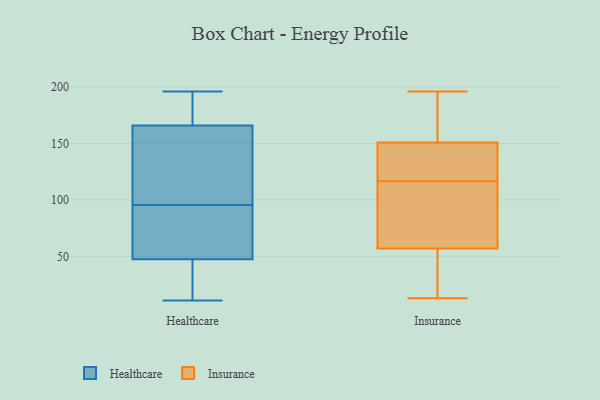
{"axis": {"x": "Customer Acquisition Cost (USD)", "y": "Value"}, "legend": ["Healthcare", "Insurance"], "data": [{"x": "", "y": 92, "type": "Healthcare"}, {"x": "", "y": 166, "type": "Healthcare"}, {"x": "", "y": 58, "type": "Healthcare"}, {"x": "", "y": 182, "type": "Healthcare"}, {"x": "", "y": 28, "type": "Healthcare"}, {"x": "", "y": 11, "type": "Healthcare"}, {"x": "", "y": 196, "type": "Healthcare"}, {"x": "", "y": 126, "type": "Healthcare"}, {"x": "", "y": 82, "type": "Healthcare"}, {"x": "", "y": 49, "type": "Healthcare"}, {"x": "", "y": 46, "type": "Healthcare"}, {"x": "", "y": 51, "type": "Healthcare"}, {"x": "", "y": 99, "type": "Healthcare"}, {"x": "", "y": 128, "type": "Healthcare"}, {"x": "", "y": 114, "type": "Healthcare"}, {"x": "", "y": 43, "type": "Healthcare"}, {"x": "", "y": 172, "type": "Healthcare"}, {"x": "", "y": 40, "type": "Healthcare"}, {"x": "", "y": 183, "type": "Healthcare"}, {"x": "", "y": 166, "type": "Healthcare"}, {"x": "", "y": 151, "type": "Insurance"}, {"x": "", "y": 119, "type": "Insurance"}, {"x": "", "y": 182, "type": "Insurance"}, {"x": "", "y": 189, "type": "Insurance"}, {"x": "", "y": 193, "type": "Insurance"}, {"x": "", "y": 90, "type": "Insurance"}, {"x": "", "y": 132, "type": "Insurance"}, {"x": "", "y": 64, "type": "Insurance"}, {"x": "", "y": 13, "type": "Insurance"}, {"x": "", "y": 145, "type": "Insurance"}, {"x": "", "y": 47, "type": "Insurance"}, {"x": "", "y": 101, "type": "Insurance"}, {"x": "", "y": 117, "type": "Insurance"}, {"x": "", "y": 52, "type": "Insurance"}, {"x": "", "y": 196, "type": "Insurance"}, {"x": "", "y": 116, "type": "Insurance"}, {"x": "", "y": 57, "type": "Insurance"}, {"x": "", "y": 16, "type": "Insurance"}]}